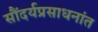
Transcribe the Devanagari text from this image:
सौंदर्यप्रसाधनांत